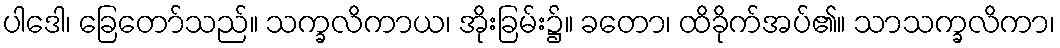
ပါဒေါ၊ ခြေတော်သည်။ သက္ခလိကာယ၊ အိုးခြမ်း၌။ ခတော၊ ထိခိုက်အပ်၏။ သာသက္ခလိကာ၊